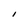
Character: I